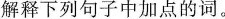
解释下列句子中加点的词。